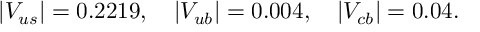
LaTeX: | V _ { u s } | = 0 . 2 2 1 9 , \quad | V _ { u b } | = 0 . 0 0 4 , \quad | V _ { c b } | = 0 . 0 4 .